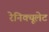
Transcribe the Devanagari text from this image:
रेनिक्यूलेट